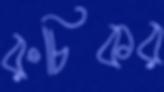
রুচিকর